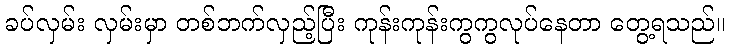
ခပ်လှမ်း လှမ်းမှာ တစ်ဘက်လှည့်ပြီး ကုန်းကုန်းကွကွလုပ်နေတာ တွေ့ရသည်။